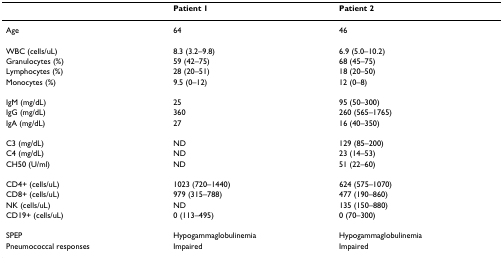
|  | Patient 1 | Patient 2 |
 | --- | --- | --- |
 | Age | 64 | 46 |
 | WBC (cells/uL) | 8.3 (3.2–9.8) | 6.9 (5.0–10.2) |
 | Granulocytes (%) | 59 (42–75) | 68 (45–75) |
 | Lymphocytes (%) | 28 (20–51) | 18 (20–50) |
 | Monocytes (%) | 9.5 (0–12) | 12 (0–8) |
 | IgM (mg/dL) | 25 | 95 (50–300) |
 | IgG (mg/dL) | 360 | 260 (565–1765) |
 | IgA (mg/dL) | 27 | 16 (40–350) |
 | C3 (mg/dL) | ND | 129 (85–200) |
 | C4 (mg/dL) | ND | 23 (14–53) |
 | CH50 (U/ml) | ND | 51 (22–60) |
 | CD4+ (cells/uL) | 1023 (720–1440) | 624 (575–1070) |
 | CD8+ (cells/uL) | 979 (315–788) | 477 (190–860) |
 | NK (cells/uL) | ND | 135 (150–880) |
 | CD19+ (cells/uL) | 0 (113–495) | 0 (70–300) |
 | SPEP | Hypogammaglobulinemia | Hypogammaglobulinemia |
 | Pneumococcal responses | Impaired | Impaired |